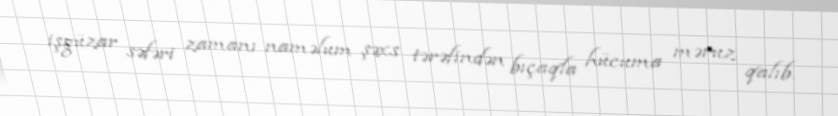
işgüzar səfəri zamanı naməlum şəxs tərəfindən bıçaqla hücuma məruz qalıb.